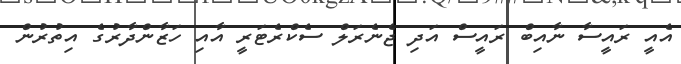
އެއީ ރައީސާ ނާއިބް ރައީސް އަދި ޖެނެރަލް ސެކްރެޓަރީ އާއި ހަޒާންދާރުގެ އިތުރުން